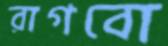
রাগবো